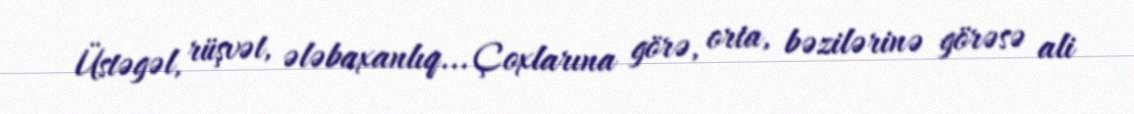
Üstəgəl, rüşvət, ələbaxanlıq... Çoxlarına görə, orta, bəzilərinə görəsə ali